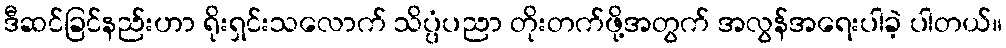
ဒီဆင်ခြင်နည်းဟာ ရိုးရှင်းသလောက် သိပ္ပံပညာ တိုးတက်ဖို့အတွက် အလွန်အရေးပါခဲ့ ပါတယ်။